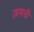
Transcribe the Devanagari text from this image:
ज़मनी